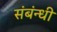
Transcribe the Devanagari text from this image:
संबंन्धी